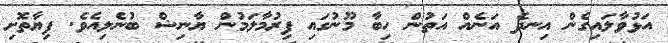
އަޅުވާލައިގެން އިނދެ އަނެއް އަތުން ހިބާ މޫނުގައި ފިރުމާލަމުން ޔާނިޝް ބުނެލިއެވެ. ފިޔާތޮށި